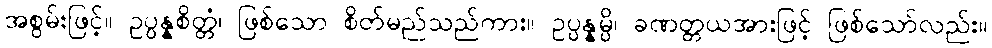
အစွမ်းဖြင့်။ ဥပ္ပန္နစိတ္တံ၊ ဖြစ်သော စိတ်မည်သည်ကား။ ဥပ္ပန္နမ္ပိ၊ ခဏတ္တယအားဖြင့် ဖြစ်သော်လည်း။